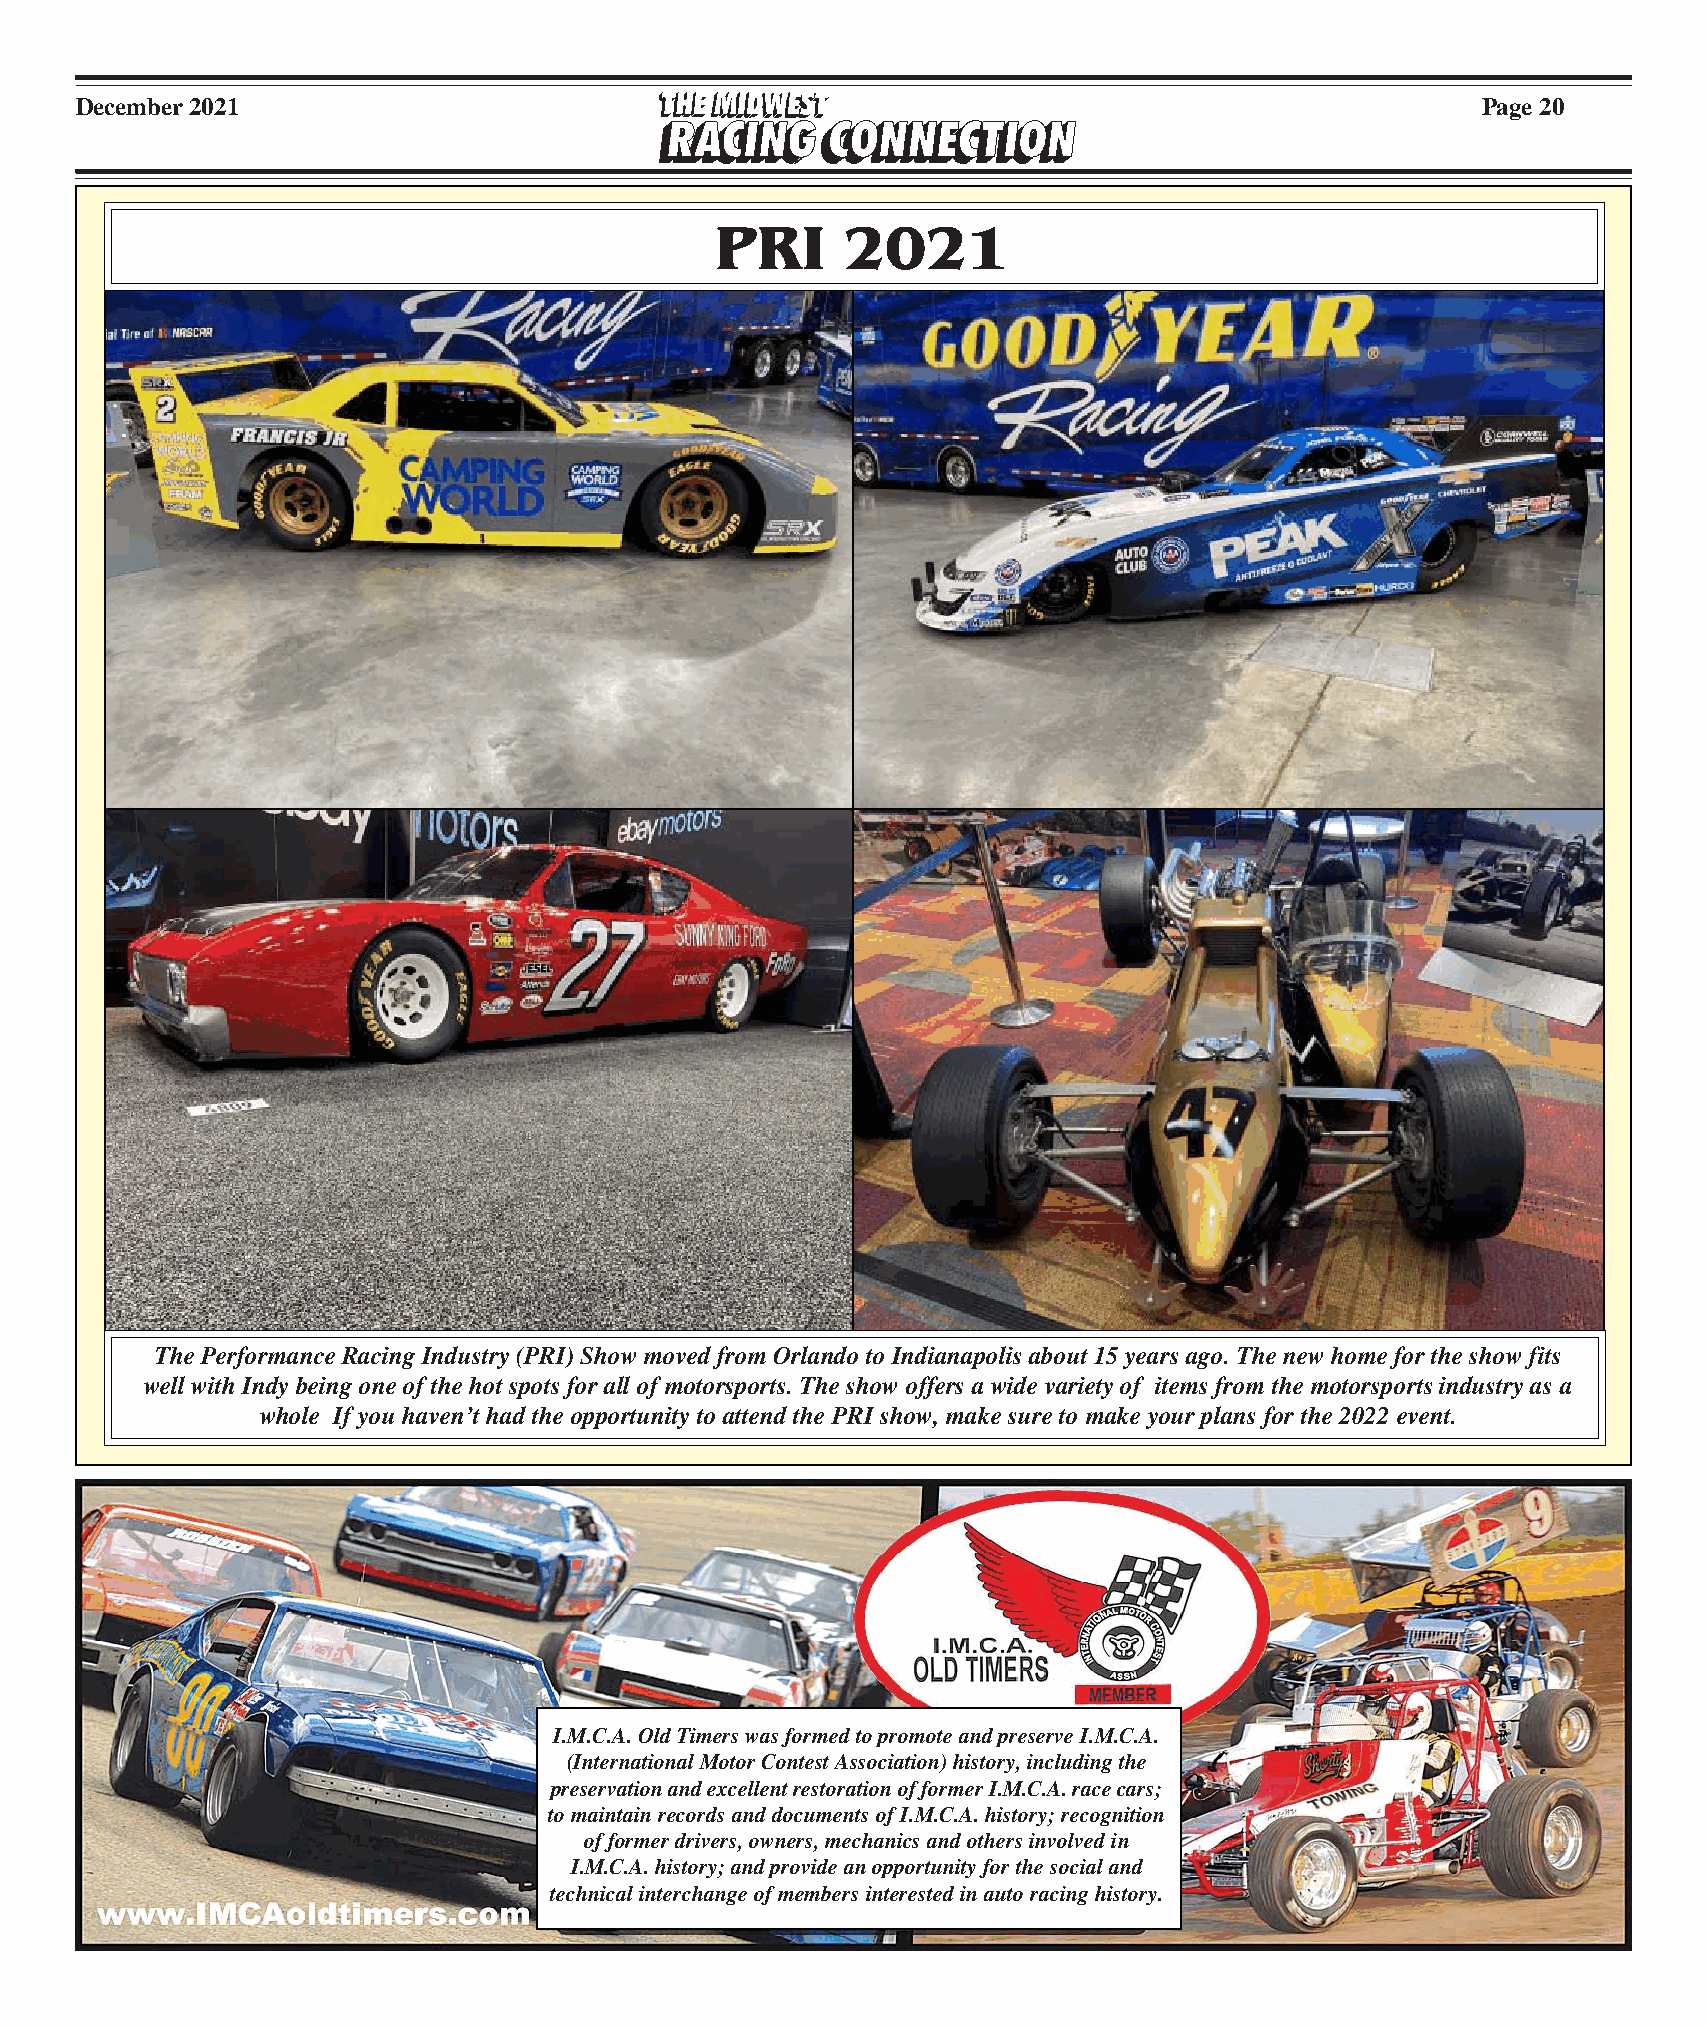
December 2021                                                                                Page 20
 PRI      2021
 The Performance Racing Industry (PRI) Show moved from Orlando to Indianapolis about 15 years ago. The new home for the show fits
 well with Indy being one of the hot spots for all of motorsports. The show offers a wide variety of items from the motorsports industry as a
 whole If you haven’t had the opportunity to attend the PRI show, make sure to make your plans for the 2022 event.
 I.M.C.A. Old Timers was formed to promote and preserve I.M.C.A.
 (International Motor Contest Association) history, including the
 preservation and excellent restoration of former I.M.C.A. race cars;
 to maintain records and documents of I.M.C.A. history; recognition
 of former drivers, owners, mechanics and others involved in
 I.M.C.A. history; and provide an opportunity for the social and
 technical interchange of members interested in auto racing history.